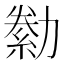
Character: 勬